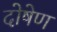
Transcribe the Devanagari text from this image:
दोषेण